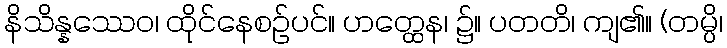
နိသိန္နဿေဝ၊ ထိုင်နေစဉ်ပင်။ ဟတ္ထေန၊ ၌။ ပတတိ၊ ကျ၏။ (တမ္ပိ၊